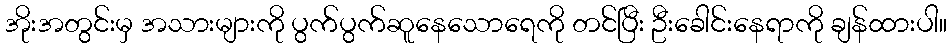
အိုးအတွင်းမှ အသားများကို ပွက်ပွက်ဆူနေသောရေကို တင်ပြီး ဦးခေါင်းနေရာကို ချန်ထားပါ။